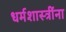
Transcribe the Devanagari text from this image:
धर्मशास्त्रींना